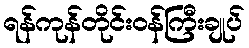
ရန်ကုန်တိုင်းဝန်ကြီးချုပ်